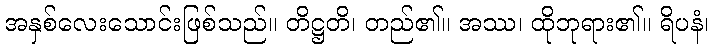
အနှစ်လေးသောင်းဖြစ်သည်။ တိဋ္ဌတိ၊ တည်၏။ အဿ၊ ထိုဘုရား၏။ ရိပနံ၊